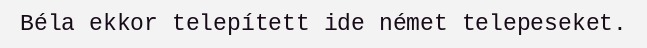
Béla ekkor telepített ide német telepeseket.